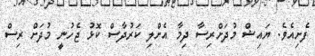
ފެށިއެވެ. ޔައިޝް މުދަށްރިސާ ދިމާ އެށްލި ކަރުދާސް ކޮޅު ޖެހުނީ މުދަށް ރިސް